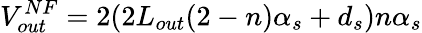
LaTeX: V_{out}^{NF}=2(2L_{out}(2-n)\alpha_{s}+d_{s})n\alpha_{s}